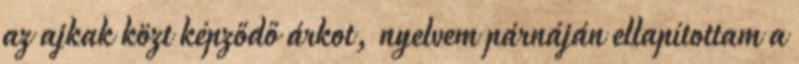
az ajkak közt képződő árkot, nyelvem párnáján ellapítottam a